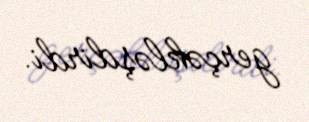
gerçəkləşdirdi.